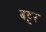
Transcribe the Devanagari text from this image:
बट्टर